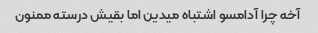
آخه چرا آدامسو اشتباه میدین اما بقیش درسته ممنون